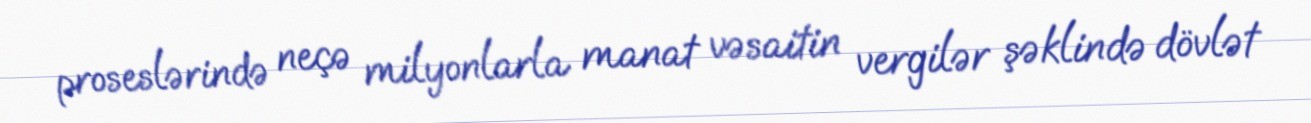
proseslərində neçə milyonlarla manat vəsaitin vergilər şəklində dövlət